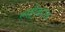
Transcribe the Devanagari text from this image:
स्पष्टीकारक